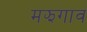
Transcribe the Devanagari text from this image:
मझगाव